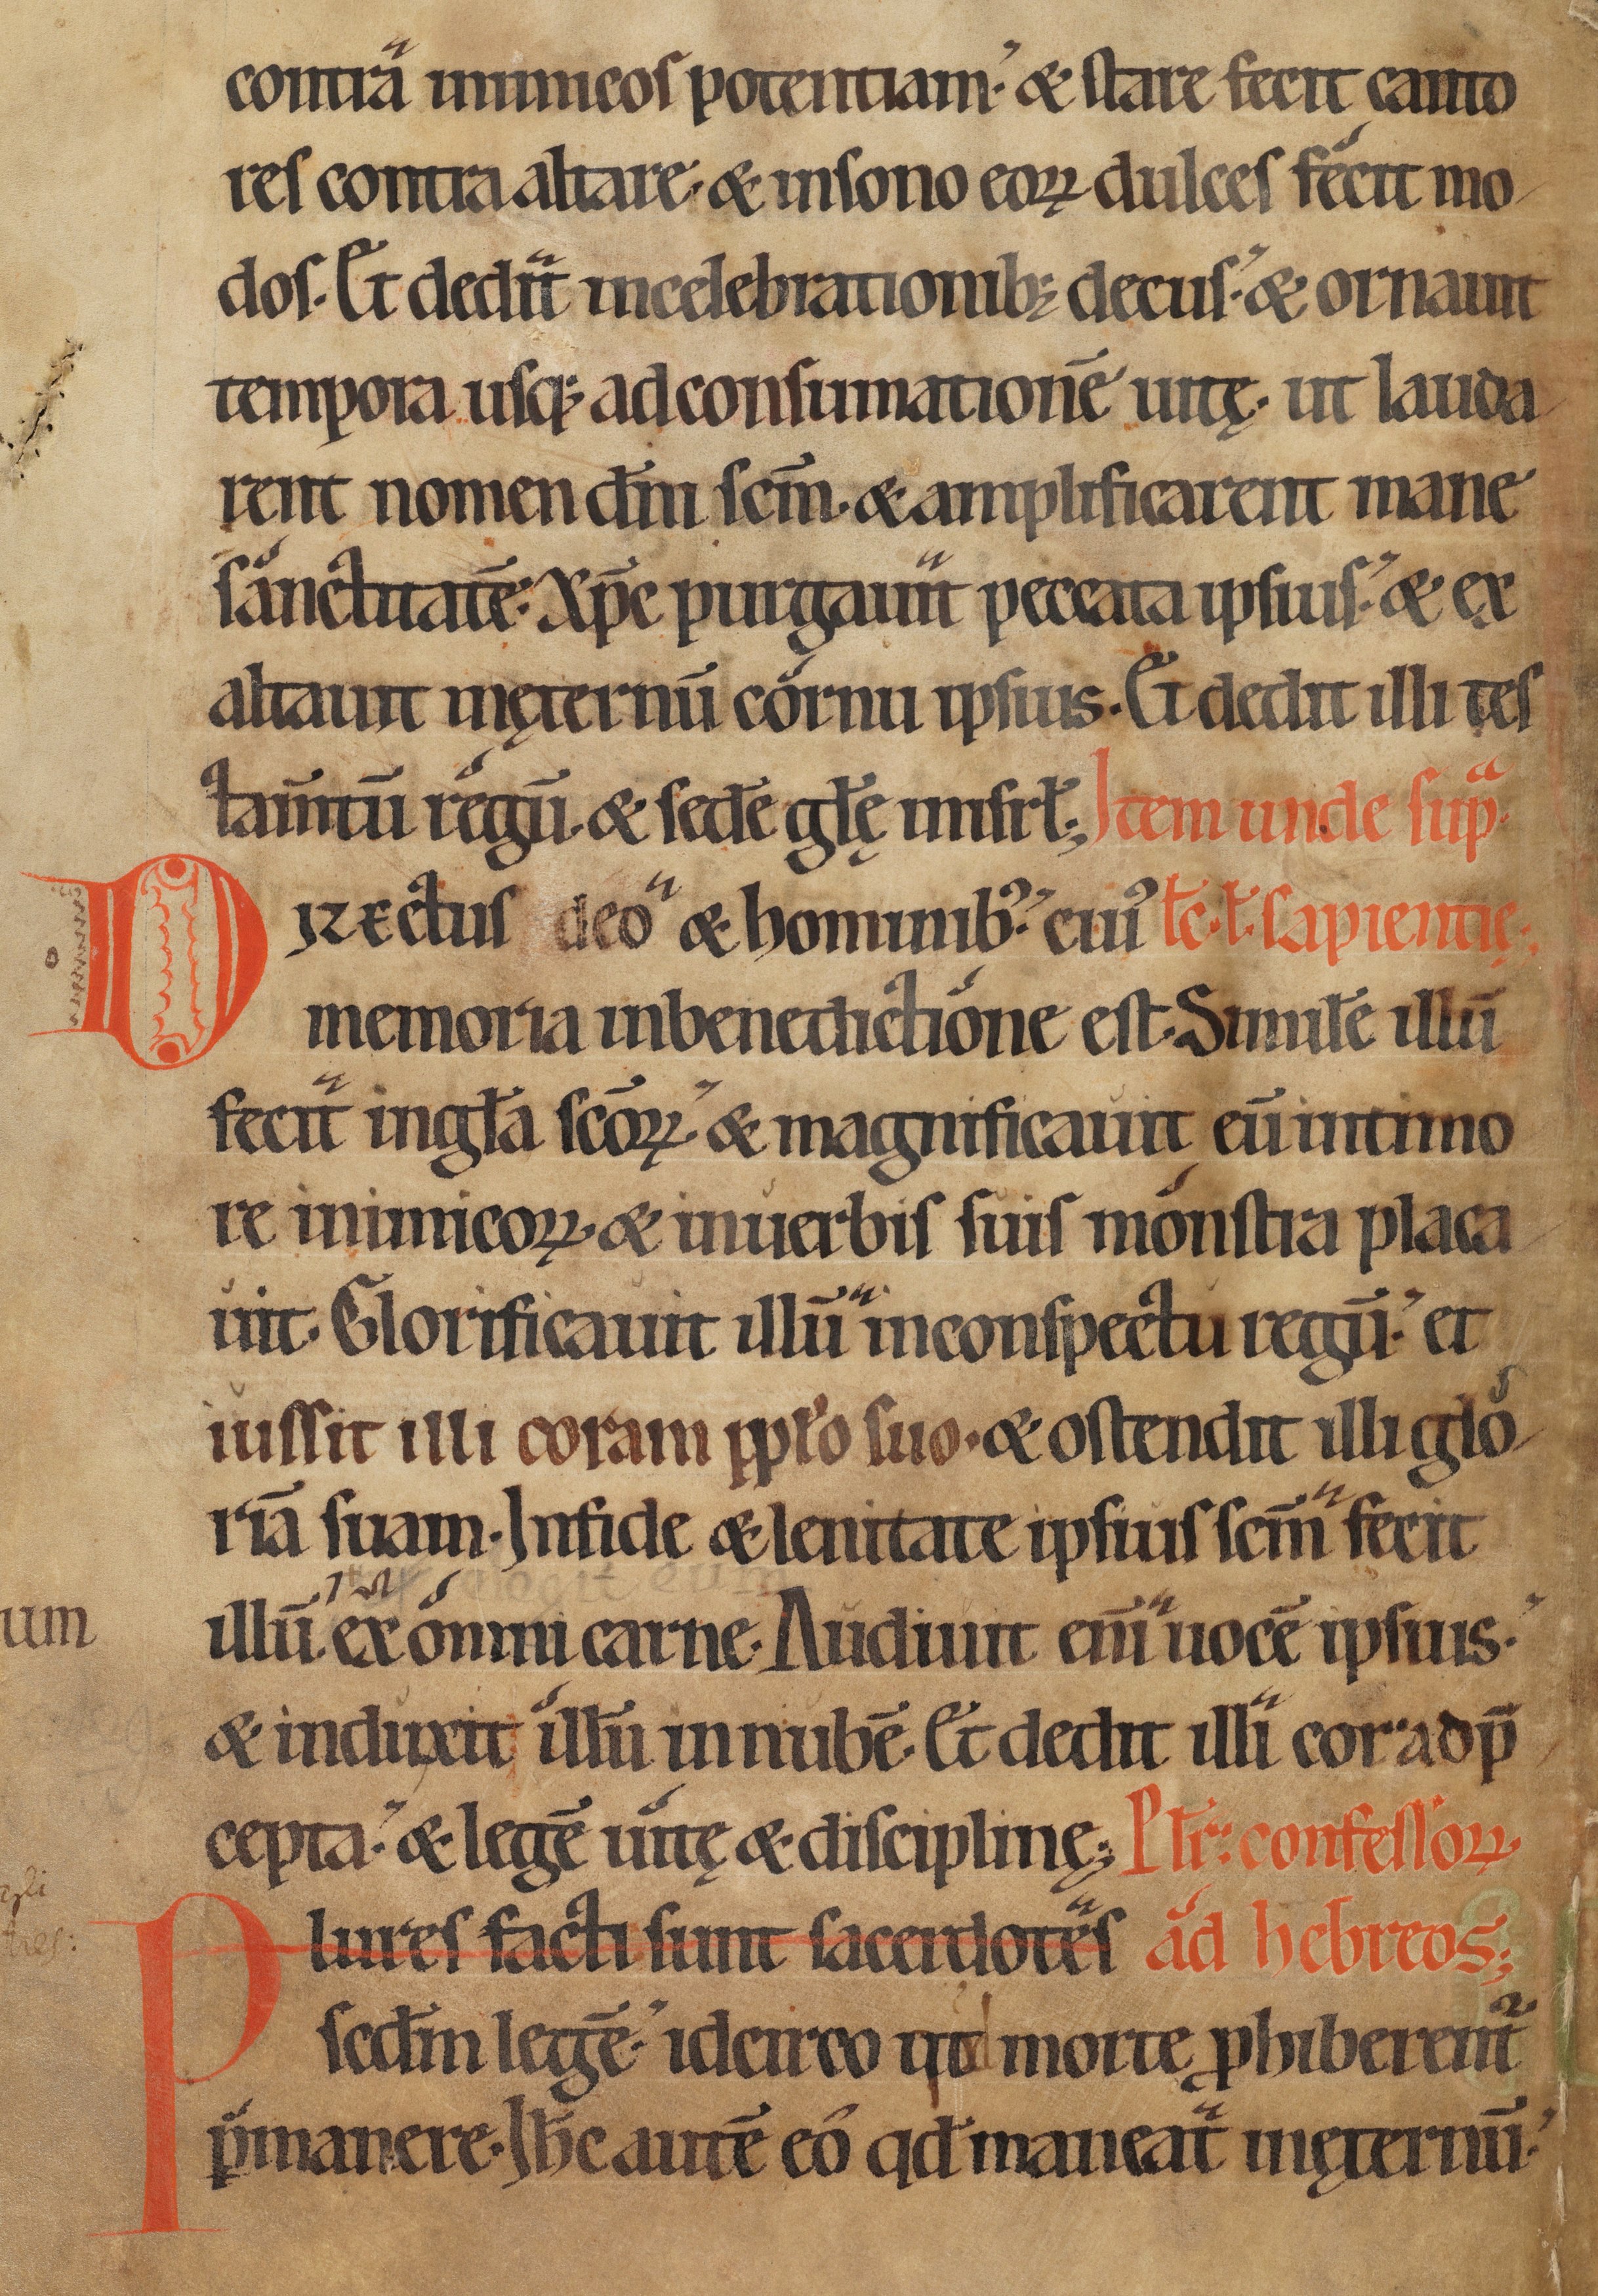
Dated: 1150–1199